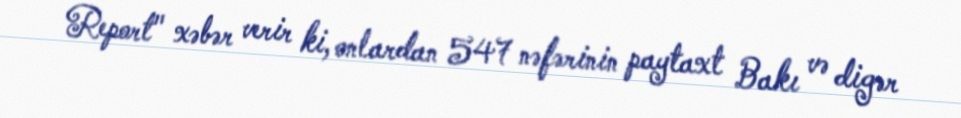
Report" xəbər verir ki, onlardan 547 nəfərinin paytaxt Bakı və digər